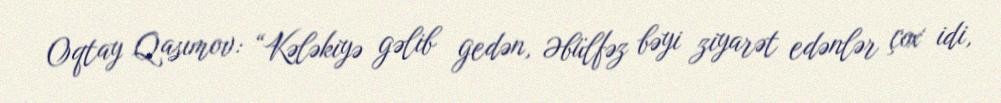
Oqtay Qasımov: “Kələkiyə gəlib gedən, Əbülfəz bəyi ziyarət edənlər çox idi,